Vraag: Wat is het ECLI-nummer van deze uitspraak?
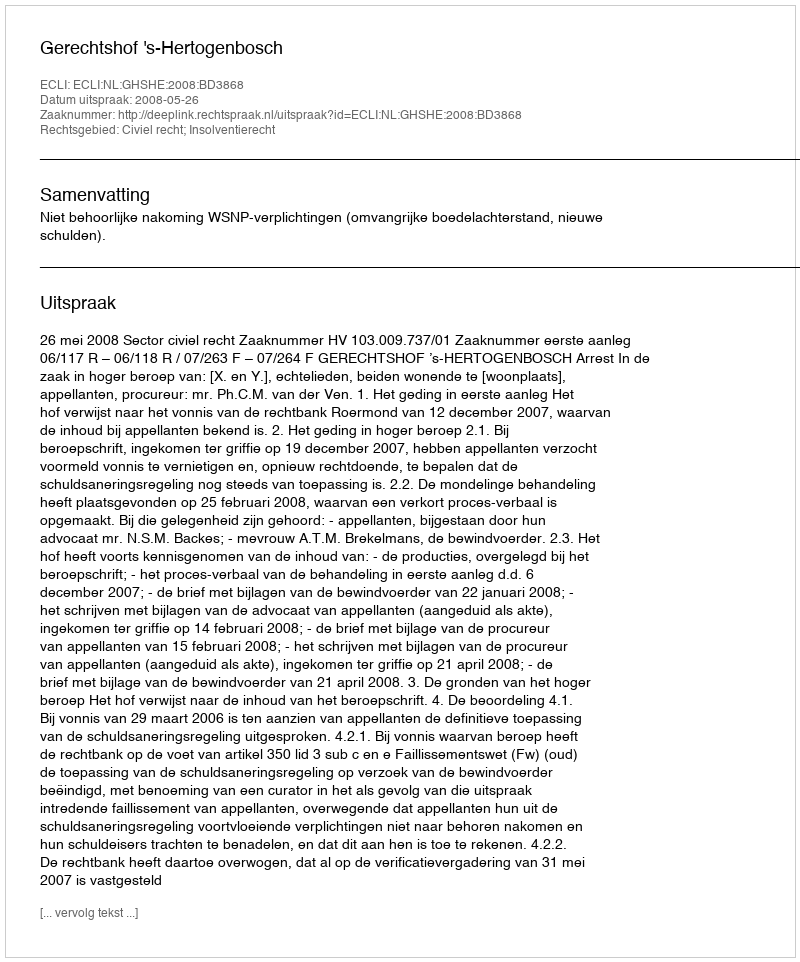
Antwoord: ECLI:NL:GHSHE:2008:BD3868